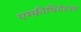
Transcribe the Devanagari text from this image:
एम्फ़ीथियेटरम